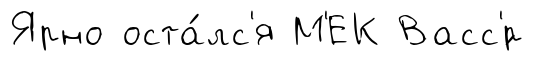
Ярно оста́лс'я М'ЕК Васс'́р